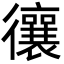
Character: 忀